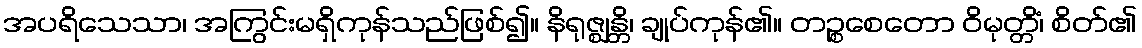
အပရိသေသာ၊ အကြွင်းမရှိကုန်သည်ဖြစ်၍။ နိရုဇ္ဈန္တိ၊ ချုပ်ကုန်၏။ တဉ္စစေတော ဝိမုတ္တိံ၊ စိတ်၏